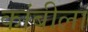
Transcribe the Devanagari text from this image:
कांबीला